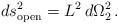
\begin{align*}ds^2_{\rm open} = L^2_{\vphantom 2} \,d\Omega_2^2\, .\end{align*}